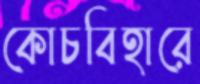
কোচবিহারে